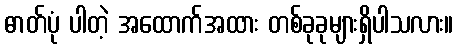
ဓာတ်ပုံ ပါတဲ့ အထောက်အထား တစ်ခုခုများရှိပါသလား။